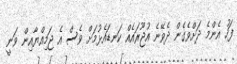
ފަހު އެންމެ ދަށްވެގެން ދެވޭނެ އުޖޫރައެއް ކަނޑައެޅުމަށް ވެސް އެ ޖަމިއްޔާއިން ވަނީ